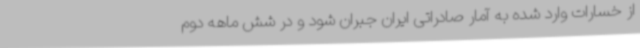
از خسارات وارد شده به آمار صادراتی ایران جبران شود و در شش ماهه دوم